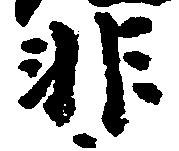
非